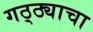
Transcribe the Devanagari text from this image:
गठ्ठ्याचा